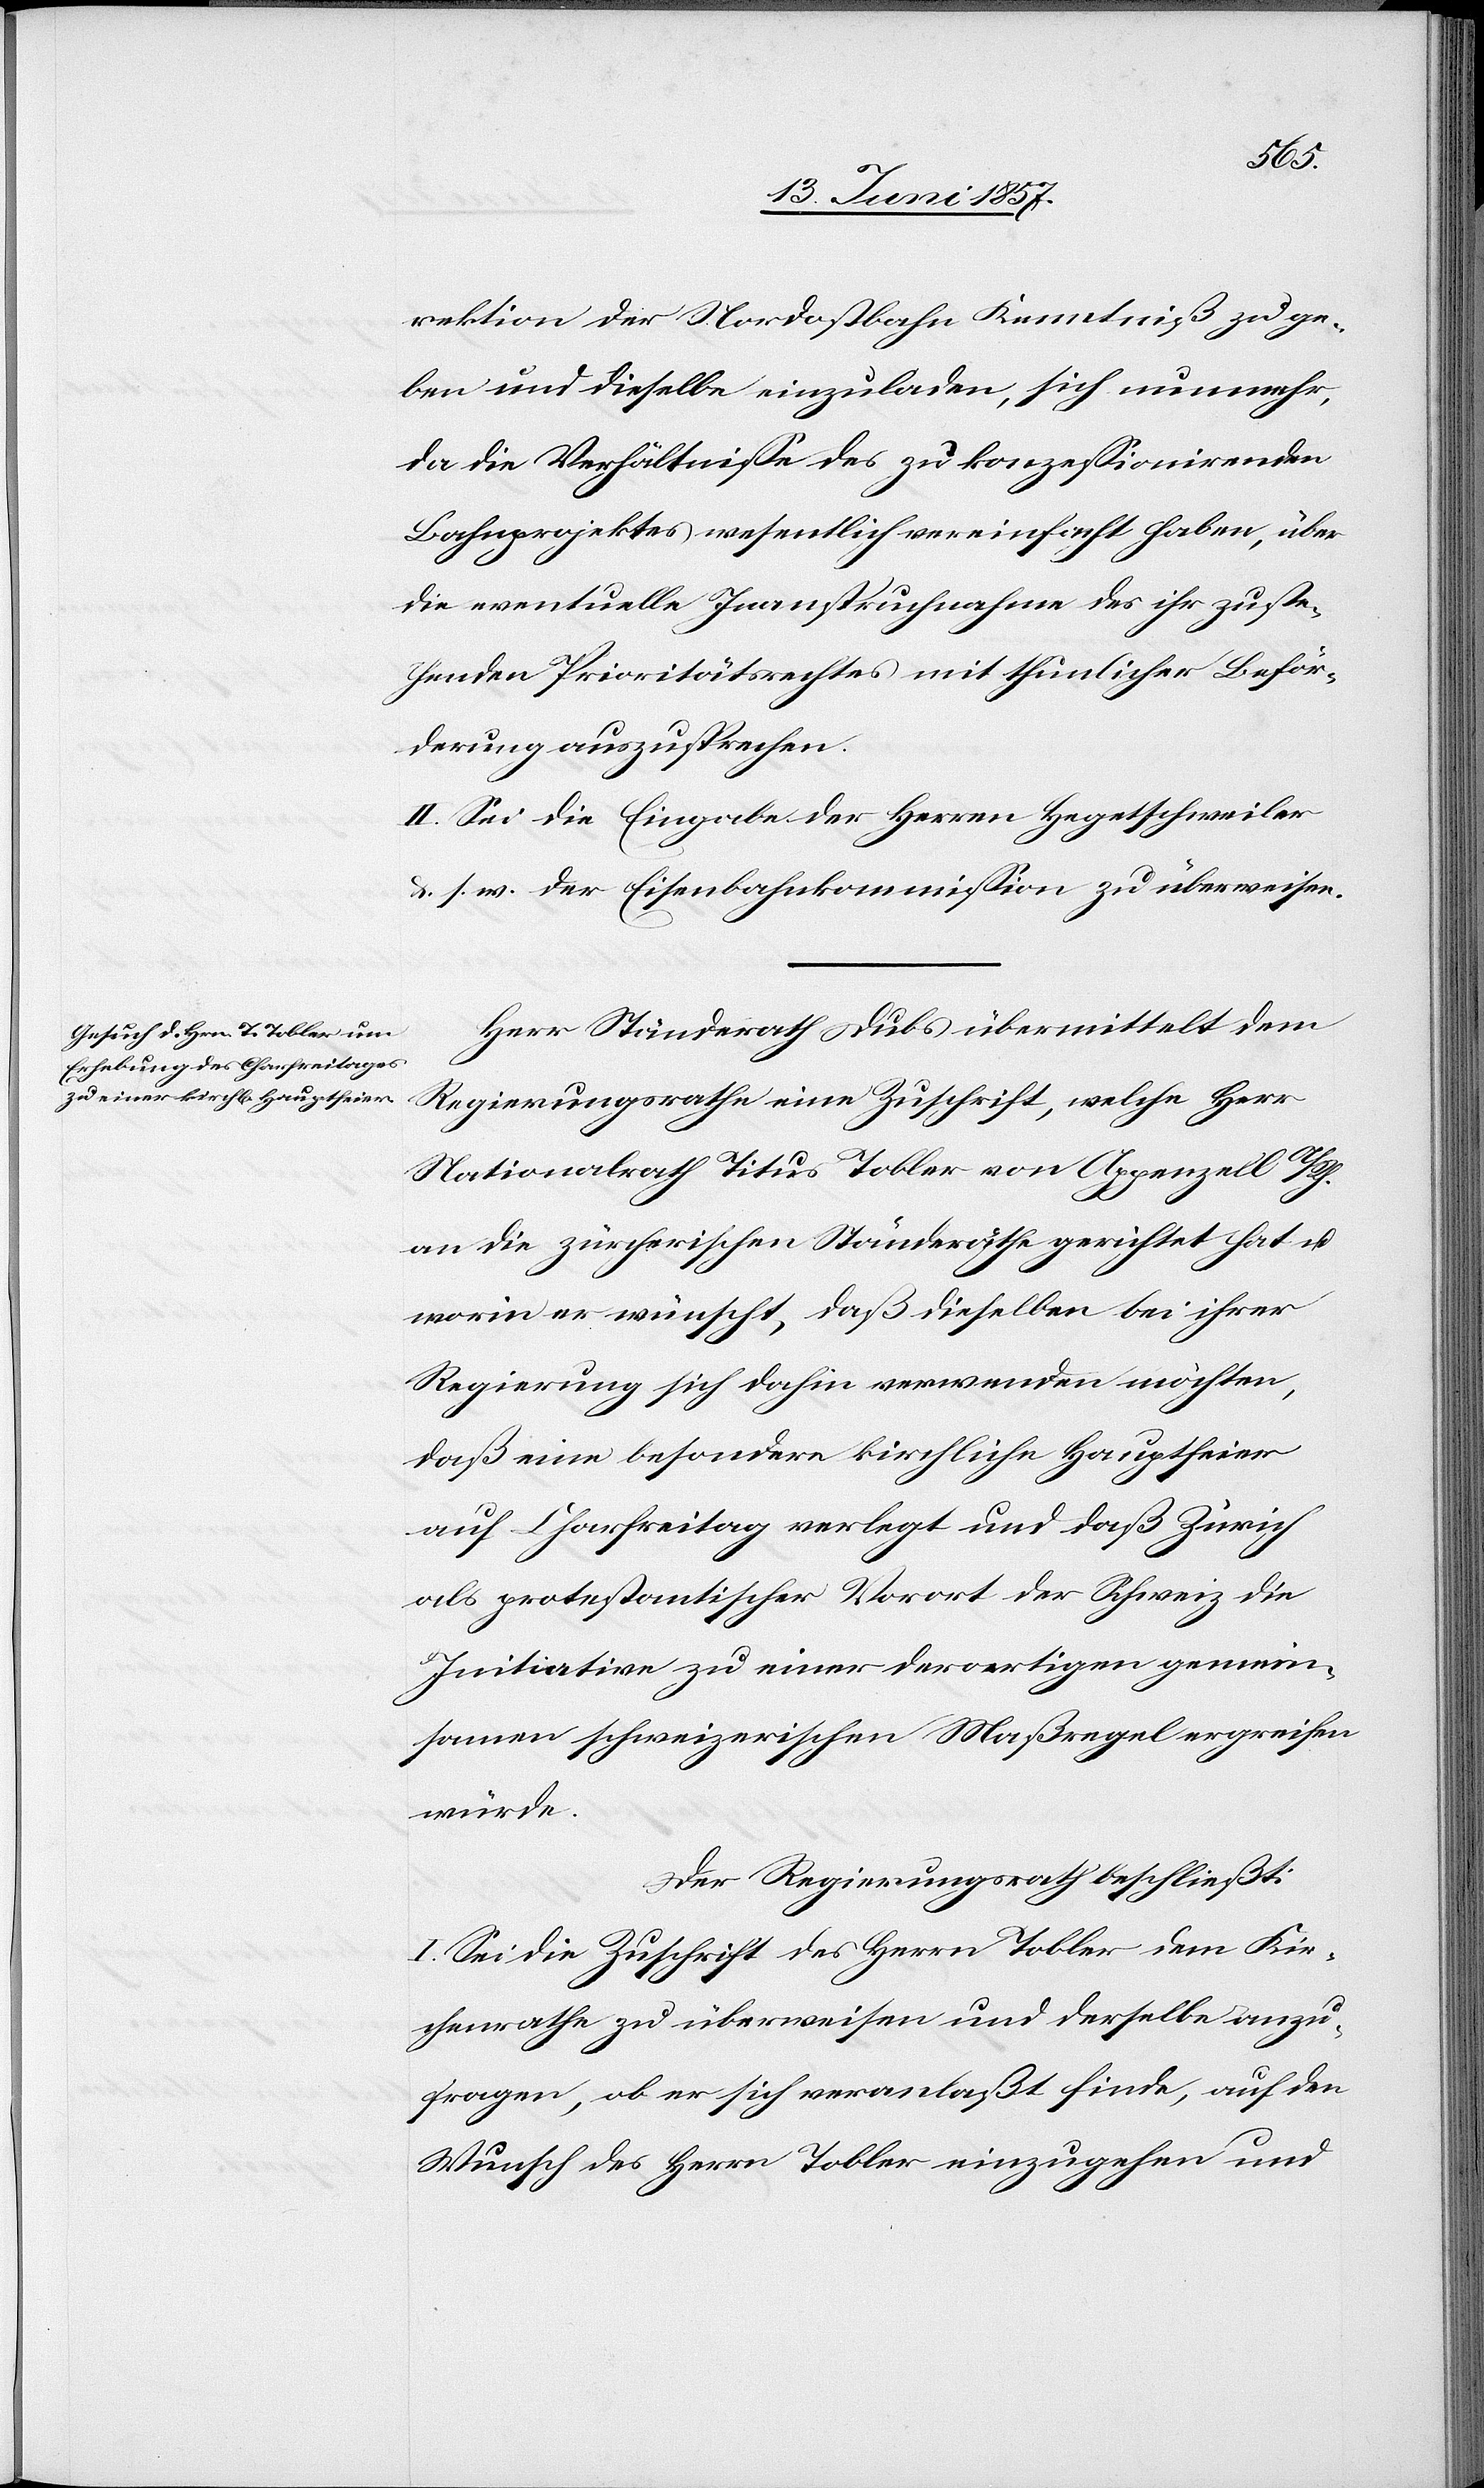
rektion der Nordostbahn Kenntniß zu ge¬
ben und dieselbe einzuladen, sich nunmehr,
da die Verhältnisse des zu konzessionirenden
Bahnprojektes [sich] wesentlich vereinfacht haben, über
die eventuelle Inanspruchnahme des ihr zuste¬
henden Prioritätsrechtes mit thunlicher Beför¬
derung auszusprechen.
II. Sei die Eingabe der Herren Hegetschweiler
&. s. w. der Eisenbahnkommission zu überweisen.
Herr Ständerath Dubs übermittelt dem
Regierungsrathe eine Zuschrift, welche Herr
Stationsrath Titus Tobler von Appenzell A./Rh.
an die zürcherischen Ständeräthe gerichtet hat &
worin er wünscht, daß dieselben bei ihrer
Regierung sich dahin verwenden möchten,
daß eine besondere kirchliche Hauptfeier
auf Charfreitag verlegt und daß Zürich
als protestantischer Vorort der Schweiz die
Initiation zu einer derartigen gemein¬
samen schweizerischen Maßregel ergreifen
würde.
Der Regierungsrath beschließt:
I. Sei die Zuschrift des Herrn Tobler dem Kir¬
chenrathe zu überweisen und derselbe anzu¬
fragen, ob er sich veranlaßt finde, auf den
Wunsch des Herrn Tobler einzugehen und